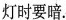
灯时要暗。